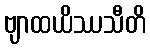
ဗျာထယိဿသီတိ